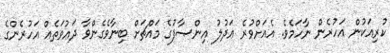
ކުރިއަކުން އަހުރެން ނާހަމެވެ. އެއަށްވުރެ ޢަދުލު އިންޞާފުގެ މައްޗަށް ބިނާވެގެންވާ ދަޢުވަތެއް އަހުރެންގެ